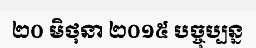
២០ មិថុនា ២០១៥ បច្ចុប្បន្ន